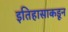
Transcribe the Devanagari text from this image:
इतिहासाकडून